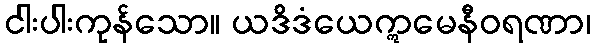
ငါးပါးကုန်သော။ ယဒိဒံယေဣမေနီဝရဏာ၊